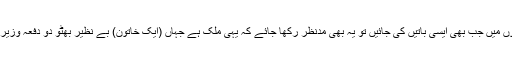
”بین الاقوامی جائزوں میں جب بھی ایسی باتیں کی جائیں تو یہ بھی مدنظر رکھا جائے کہ یہی ملک ہے جہاں (ایک خاتون) بے نظیر بھٹو دو دفعہ وزیراعظم منتخب ہوئیں۔